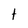
Character: t